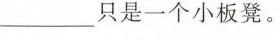
___只是一个小板凳。